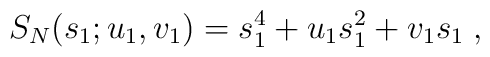
S_N(s_1;u_1,v_1)=s_1^4+u_1s_1^2+v_1s_1\;,